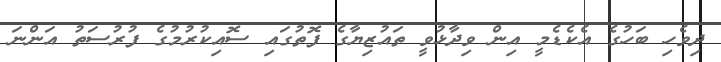
ދިވެހި ބަހުގެ އެކެޑެމީ އިން ވިދާޅުވީ ތައުޒިޔާގެ ފޮތުގައި ސޮއިކުރުމުގެ ފުރުސަތު އަންނަ